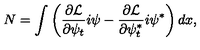
N = \int \left( \frac { \partial { \cal L } } { \partial \psi _ { t } } i \psi - \frac { \partial { \cal L } } { \partial \psi _ { t } ^ { * } } i \psi ^ { * } \right) d x ,